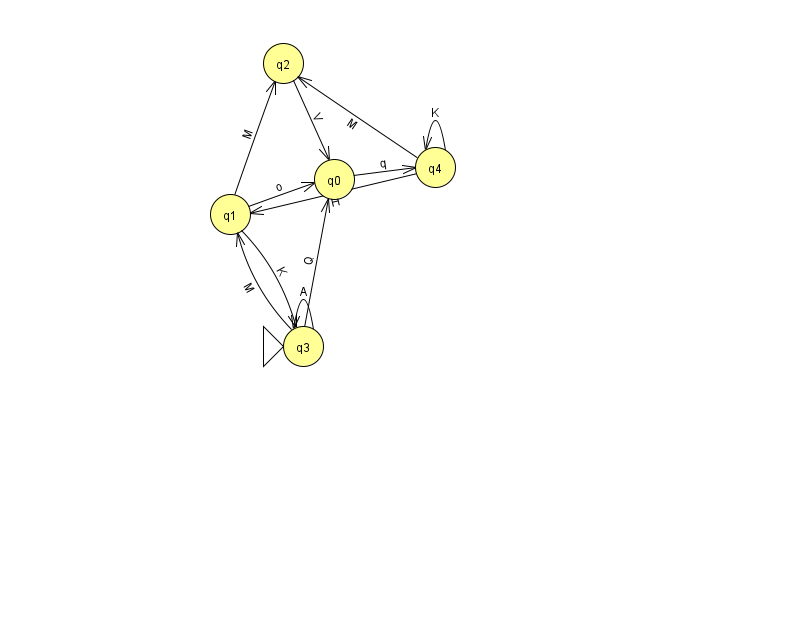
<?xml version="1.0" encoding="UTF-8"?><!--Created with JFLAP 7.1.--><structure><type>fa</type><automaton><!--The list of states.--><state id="0" name="q0"><x>334.0</x><y>166.0</y></state><state id="1" name="q1"><x>230.0</x><y>201.0</y></state><state id="2" name="q2"><x>283.0</x><y>50.0</y></state><state id="3" name="q3"><x>303.0</x><y>333.0</y><initial/></state><state id="4" name="q4"><x>435.0</x><y>154.0</y></state><!--The list of transitions.--><transition><from>1</from><to>3</to><read>K</read></transition><transition><from>3</from><to>3</to><read>A</read></transition><transition><from>1</from><to>2</to><read>M</read></transition><transition><from>4</from><to>1</to><read>H</read></transition><transition><from>3</from><to>1</to><read>M</read></transition><transition><from>4</from><to>2</to><read>M</read></transition><transition><from>3</from><to>0</to><read>Q</read></transition><transition><from>4</from><to>4</to><read>K</read></transition><transition><from>0</from><to>4</to><read>q</read></transition><transition><from>1</from><to>0</to><read>o</read></transition><transition><from>2</from><to>0</to><read>V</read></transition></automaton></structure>